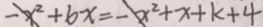
- x ^ { 2 } + 6 x = - x ^ { 2 } + x + k + 4